Scottish Leaving Certificate Examination, 1953
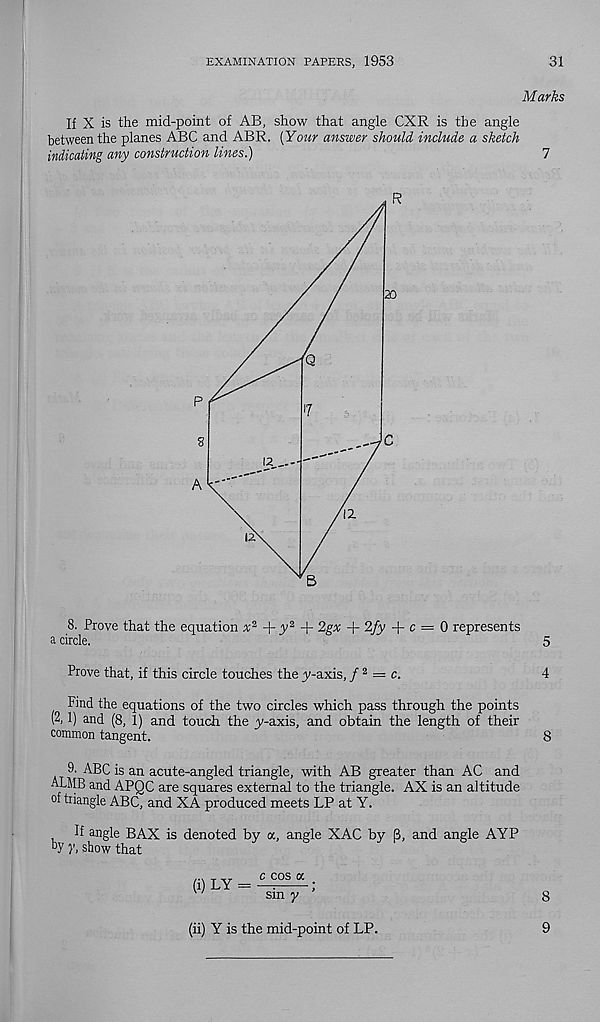
EXAMINATION PAPERS, 1953
31
Marks
If X is the mid-point of AB, show that angle CXR is the angle
between the planes ABC and ABR. [Your answer should include a sketch
indicating any construction lines.)
7
8. Prove that the equation n; 2 +
+ 2gx + 2fy + c = 0 represents
a circle.
5
Prove that, if this circle touches the jy-axis, f 2 — c.
4
Find the equations of the two circles which pass through the points
(2,1) and (8, 1) and touch the jy-axis, and obtain the length of their
common tangent.
8
9. ABC is an acute-angled triangle, with AB greater than AC and
ALMB and APQC are squares external to the triangle. AX is an altitude
of triangle ABC, and XA produced meets LP at Y.
If angle BAX is denoted by ot, angle XAC by p, and angle AYP
b y r, show that
(i) LY =
c cos a
sin y ’
8
(ii) Y is the mid-point of LP.
9